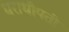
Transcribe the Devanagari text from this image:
धराधीपती